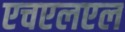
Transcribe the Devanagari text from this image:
एचएलएल